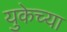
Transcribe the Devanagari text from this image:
युकेच्या